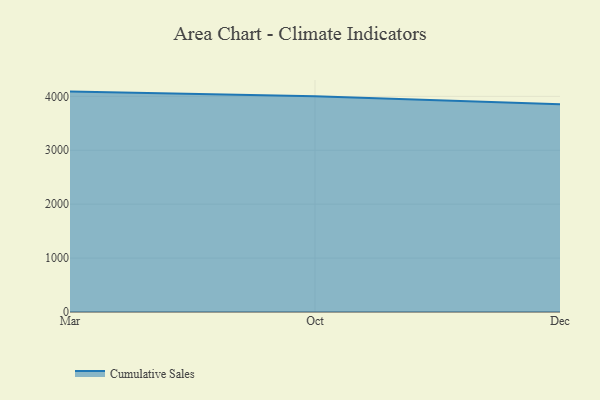
{"axis": {"x": "Month", "y": "Website Visitors"}, "legend": ["Cumulative Sales"], "data": [{"x": "Mar", "y": 4088.4, "type": "Cumulative Sales"}, {"x": "Oct", "y": 4003.7, "type": "Cumulative Sales"}, {"x": "Dec", "y": 3853.2, "type": "Cumulative Sales"}]}